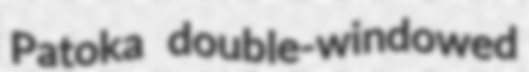
Patoka double-windowed